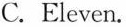
C.Eleven.